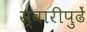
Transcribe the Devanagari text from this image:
स्वारीपुढें